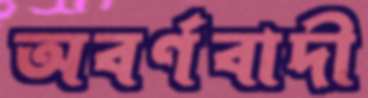
অবর্ণবাদী